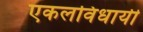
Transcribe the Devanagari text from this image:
एकलविधायी